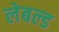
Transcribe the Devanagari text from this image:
लेबल्ड